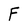
Character: F